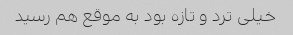
خیلی ترد و تازه بود به موقع هم رسید